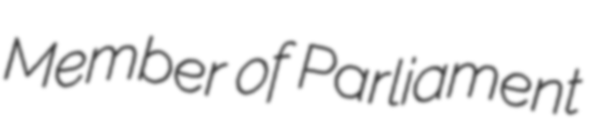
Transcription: Member of Parliament